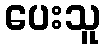
ပေးသူ